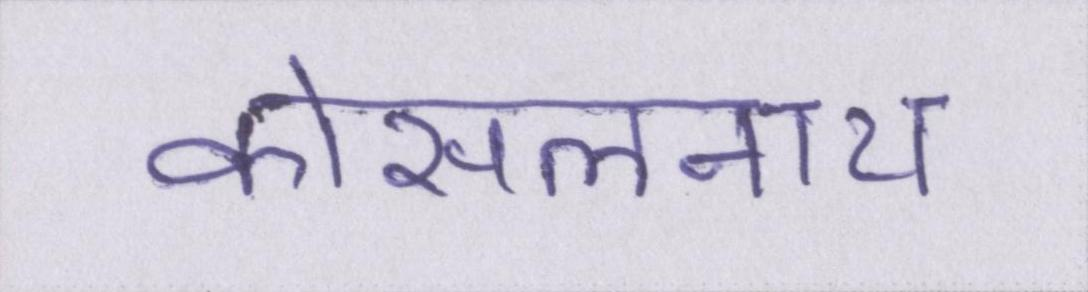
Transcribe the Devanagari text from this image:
कोसलनाथ